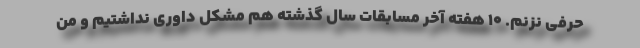
حرفی نزنم. 10 هفته آخر مسابقات سال گذشته هم مشکل داوری نداشتیم و من